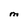
Character: M